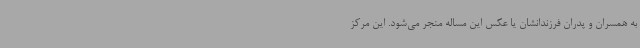
به همسران و پدران فرزندانشان یا عکس این مساله منجر می‌شود. این مرکز